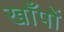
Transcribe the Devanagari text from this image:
खाँपों